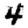
Digit: 4